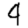
Digit: 4